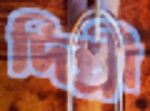
দিল্লী